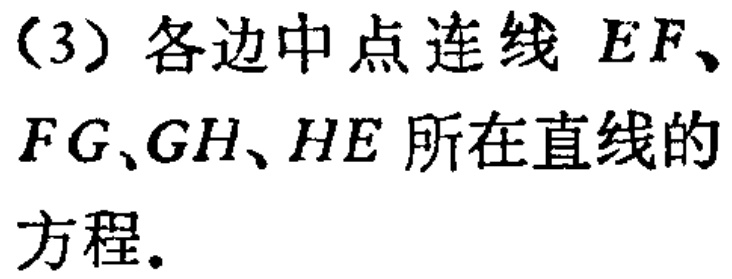
（3）各边中点连线 \(EF\)、\(FG\)、\(GH\)、\(HE\) 所在直线的方程。